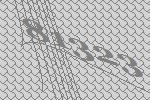
81323